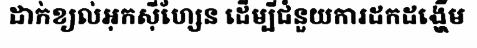
ដាក់ខ្យល់អុកស៊ីហ្សែន ដើម្បីជំនួយការដកដង្ហើម